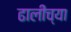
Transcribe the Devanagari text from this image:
ढालीच्या